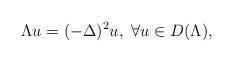
LaTeX: \begin{align*}\Lambda u=(-\Delta)^2 u,\ \forall u\in D(\Lambda),\end{align*}